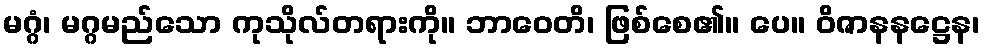
မဂ္ဂံ၊ မဂ္ဂမည်သော ကုသိုလ်တရားကို။ ဘာဝေတိ၊ ဖြစ်စေ၏။ ပေ။ ဝိဇာနနဋ္ဌေန၊